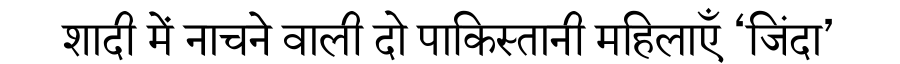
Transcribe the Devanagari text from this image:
शादी में नाचने वाली दो पाकिस्तानी महिलाएँ ‘जिंदा’